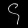
Digit: ၄